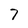
Character: 7